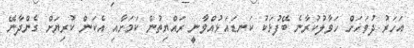
އަހަރު ދުވަހަށް ހަވާލުކުރާނެ ބޭފުޅަކު ކަނޑައަޅުއްވާނީ ރައްޔިތުން ކަމަށާއި އެކަން ކުރިޔަށް ގެންދާނޭ